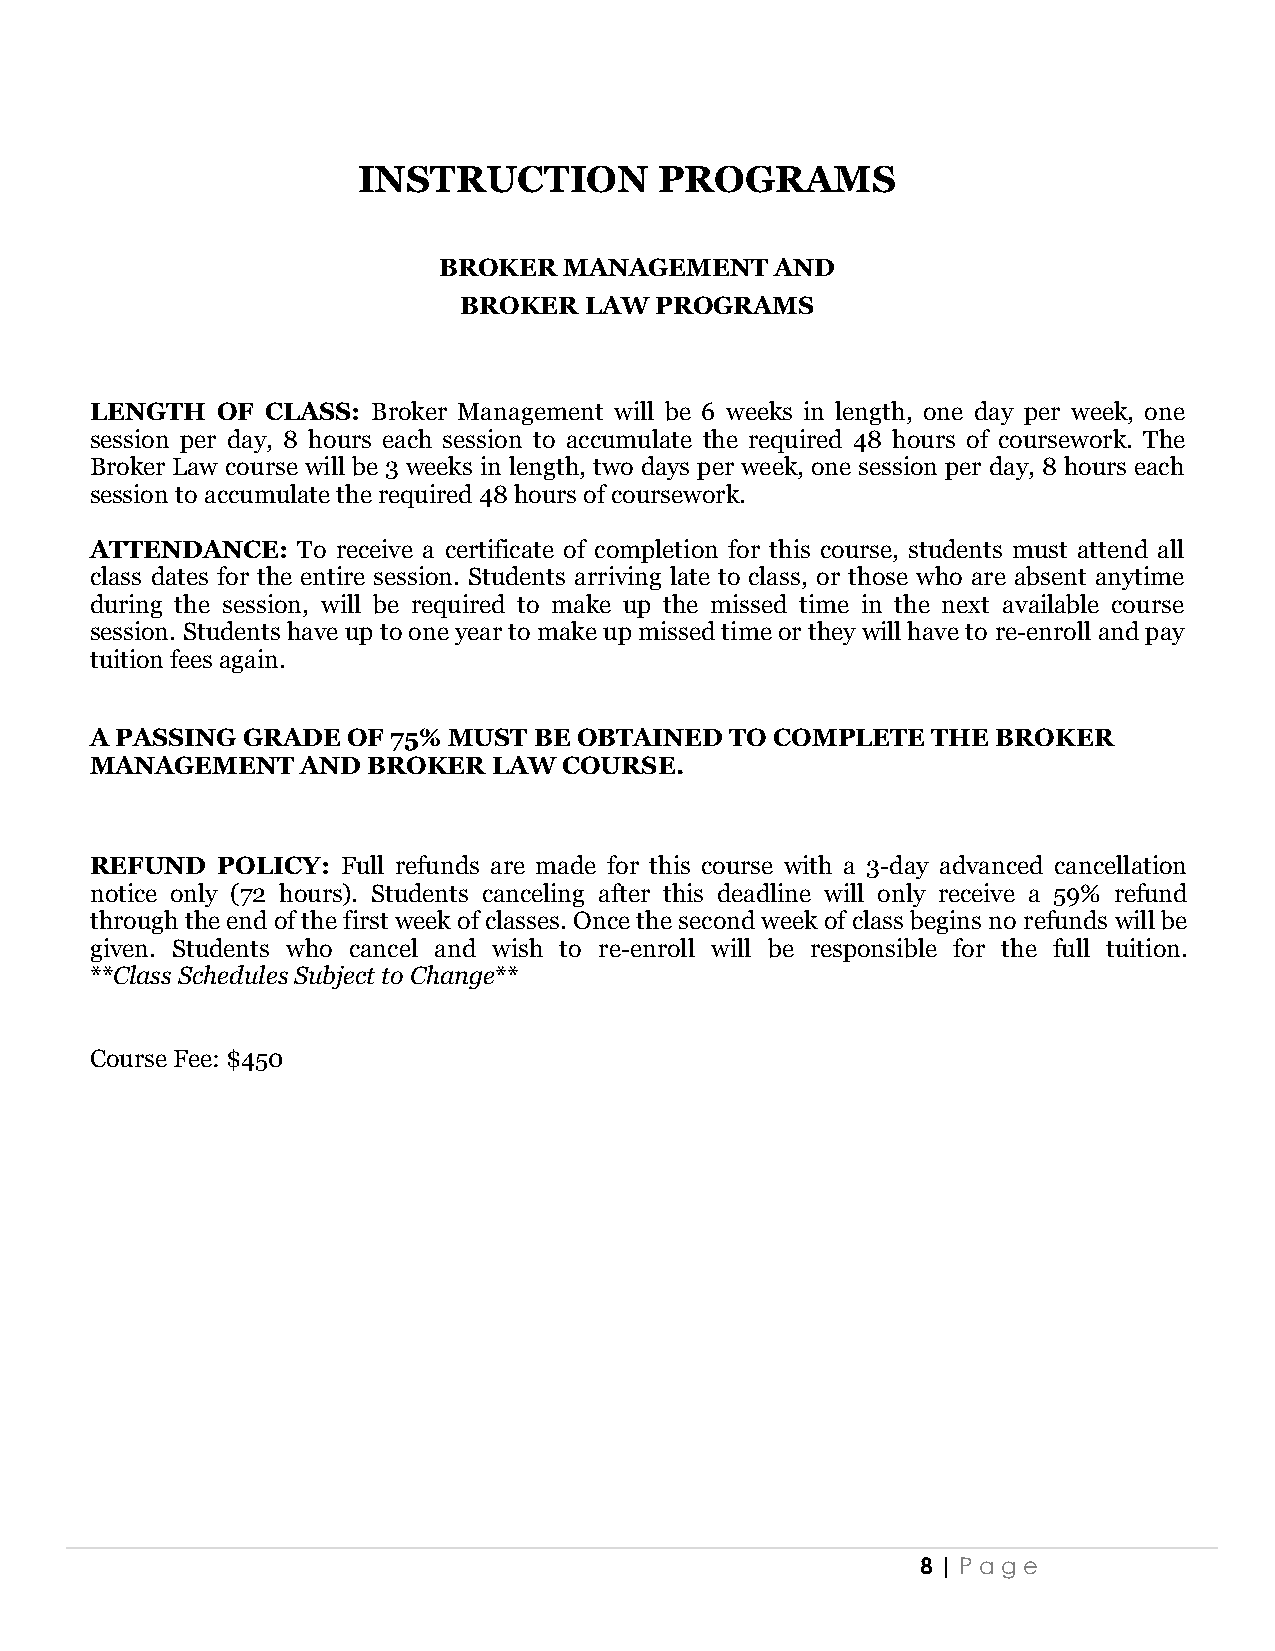
INSTRUCTION         PROGRAMS
 BROKER  MANAGEMENT    AND
 BROKER   LAW PROGRAMS
 LENGTH  OF  CLASS: Broker Management will be 6 weeks in length, one day per week, one
 session per day, 8 hours each session to accumulate the required 48 hours of coursework. The
 Broker Law course will be 3 weeks in length, two days per week, one session per day, 8 hours each
 session to accumulate the required 48 hours of coursework.
 ATTENDANCE:   To receive a certificate of completion for this course, students must attend all
 class dates for the entire session. Students arriving late to class, or those who are absent anytime
 during the session, will be required to make up the missed time in the next available course
 session. Students have up to one year to make up missed time or they will have to re-enroll and pay
 tuition fees again.
 A PASSING GRADE  OF 75% MUST BE OBTAINED  TO COMPLETE   THE BROKER
 MANAGEMENT    AND BROKER   LAW COURSE.
 REFUND  POLICY:  Full refunds are made for this course with a 3-day advanced cancellation
 notice only (72 hours). Students canceling after this deadline will only receive a 59% refund
 through the end of the first week of classes. Once the second week of class begins no refunds will be
 given. Students who cancel and wish to re-enroll will be responsible for the full tuition.
 **Class Schedules Subject to Change**
 Course Fee: $450
 8 | Pag e